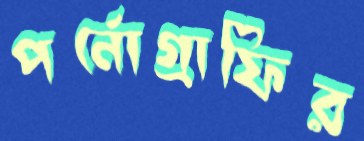
পর্নোগ্রাফির